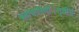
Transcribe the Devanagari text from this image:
ब्रह्मचारिणी।तृतीयं